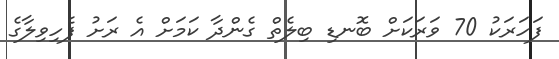
ފަހަރަކު 70 ވަރަކަށް ބޮނޑި ބިލެތް ގެންދާ ކަމަށް އެ ރަށު ފެހިވިލާގެ